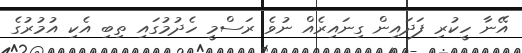
އޭނާ ހީކުރި ފަދައިން ގިނައިރެއް ނުވެ ރަސްމީ ހެދުމުގައި ތިބި އެކި އުމުރުގެ